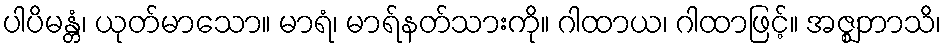
ပါပိမန္တံ၊ ယုတ်မာသော။ မာရံ၊ မာရ်နတ်သားကို။ ဂါထာယ၊ ဂါထာဖြင့်။ အဇ္ဈဘာသိ၊